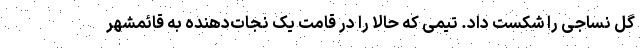
گل نساجی را شکست داد. تیمی که حالا را در قامت یک نجات‌دهنده به قائمشهر